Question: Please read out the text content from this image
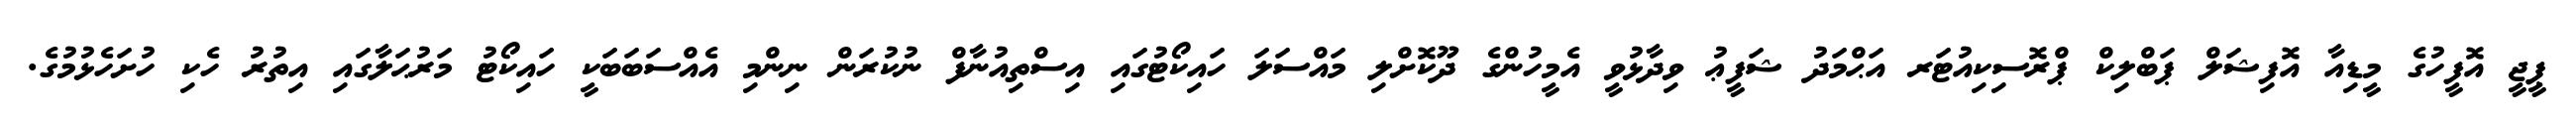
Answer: ޕީޖީ އޮފީހުގެ މީޑިއާ އޮފިޝަލް ޕަބްލިކް ޕްރޮސިކިއުޓަރ އަޙްމަދު ޝަފީޢު ވިދާޅުވީ އެމީހުންގެ ދޫކޮށްލި މައްސަލަ ހައިކޯޓުގައި އިސްތިއުނާފް ނުކުރަން ނިންމި އެއްސަބަބަކީ ހައިކޯޓު މަރުޙަލާގައި އިތުރު ހެކި ހުށަހެޅުމުގެ.